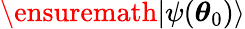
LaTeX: \ensuremath{\lvert{\psi({\boldsymbol{\theta}}_{0})}\rangle}